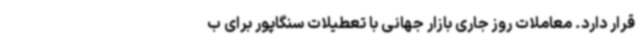
قرار دارد. معاملات روز جاری بازار جهانی با تعطیلات سنگاپور برای ب